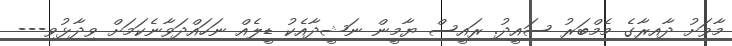
މާވަށު ދާއިރާގެ މެމްބަރު ސައީދު. ރައީސް ޔާމީން ނަޝީދާއެކު ޑީލެއް ނަހައްދަވާނެކަމަށް ވިދާޅުވި---